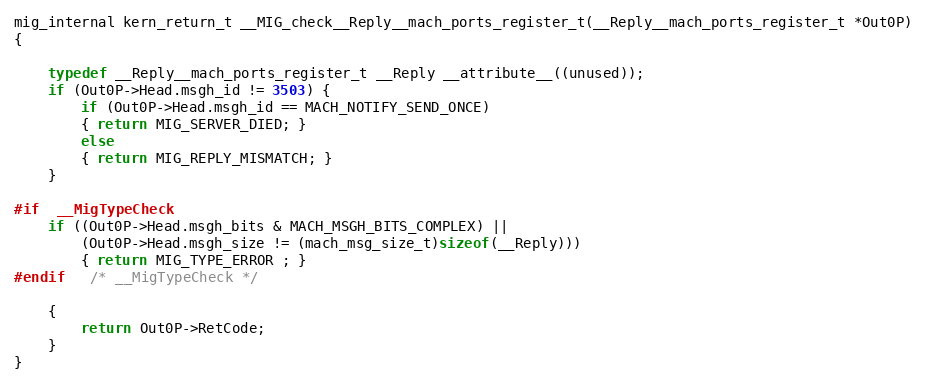
Language: C
mig_internal kern_return_t __MIG_check__Reply__mach_ports_register_t(__Reply__mach_ports_register_t *Out0P)
{

	typedef __Reply__mach_ports_register_t __Reply __attribute__((unused));
	if (Out0P->Head.msgh_id != 3503) {
	    if (Out0P->Head.msgh_id == MACH_NOTIFY_SEND_ONCE)
		{ return MIG_SERVER_DIED; }
	    else
		{ return MIG_REPLY_MISMATCH; }
	}

#if	__MigTypeCheck
	if ((Out0P->Head.msgh_bits & MACH_MSGH_BITS_COMPLEX) ||
	    (Out0P->Head.msgh_size != (mach_msg_size_t)sizeof(__Reply)))
		{ return MIG_TYPE_ERROR ; }
#endif	/* __MigTypeCheck */

	{
		return Out0P->RetCode;
	}
}